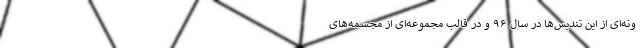
ونه‌ای از این تندیس‌ها در سال ۹۶ و در قالب مجموعه‌ای از مجسمه‌های